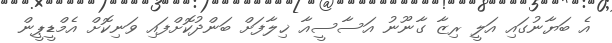
އެ ބަޔާނުގައި އަލީ ރިޒާ ގާނޫނު އަސާސީއާ ޚިލާފަށް ބަންދުކޮށްފައި ވަނިކޮށް އެމްޑީޕީން